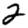
Digit: 2